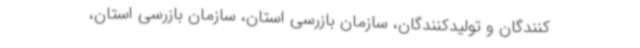
کنندگان و تولیدکنندگان، سازمان بازرسی استان، سازمان بازرسی استان،